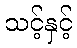
သင့်နှင့်